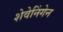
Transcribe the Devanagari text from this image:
शेवेनिंगेन